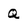
Character: Q